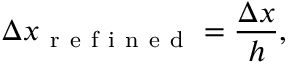
\Delta x _ { \mathrm { ~ r ~ e ~ f ~ i ~ n ~ e ~ d ~ } } = \frac { \Delta x } { h } ,